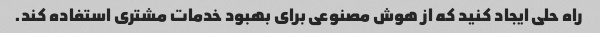
راه حلی ایجاد کنید که از هوش مصنوعی برای بهبود خدمات مشتری استفاده کند.